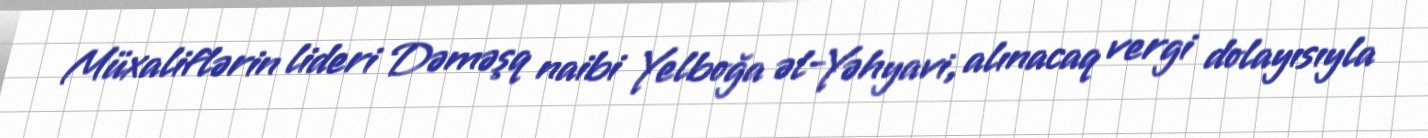
Müxaliflərin lideri Dəməşq naibi Yelboğa əl-Yəhyavi, alınacaq vergi dolayısıyla